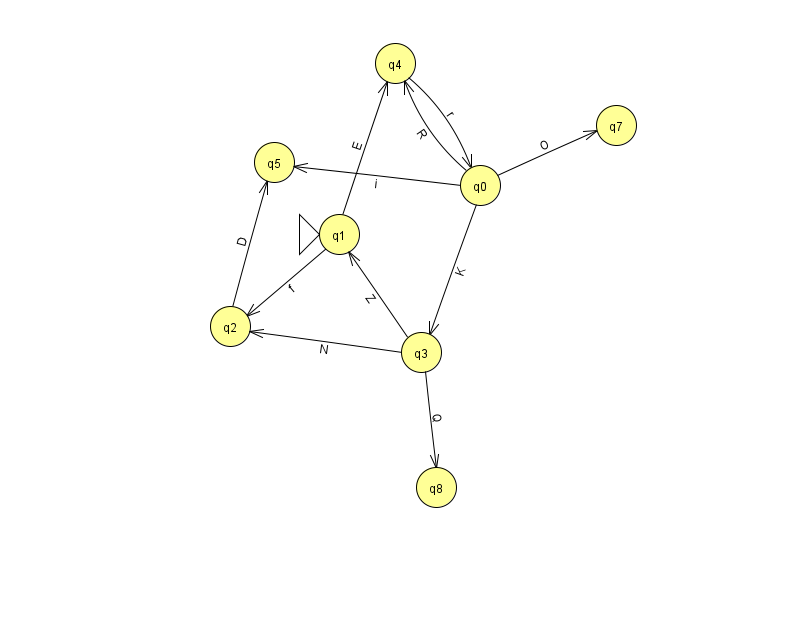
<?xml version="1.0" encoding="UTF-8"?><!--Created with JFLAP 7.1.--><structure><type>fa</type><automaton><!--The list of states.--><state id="0" name="q0"><x>480.0</x><y>172.0</y></state><state id="1" name="q1"><x>339.0</x><y>221.0</y><initial/></state><state id="2" name="q2"><x>230.0</x><y>313.0</y></state><state id="3" name="q3"><x>421.0</x><y>339.0</y></state><state id="4" name="q4"><x>395.0</x><y>50.0</y></state><state id="5" name="q5"><x>274.0</x><y>149.0</y></state><state id="7" name="q7"><x>616.0</x><y>112.0</y></state><state id="8" name="q8"><x>436.0</x><y>474.0</y></state><!--The list of transitions.--><transition><from>0</from><to>7</to><read>O</read></transition><transition><from>0</from><to>5</to><read>i</read></transition><transition><from>3</from><to>8</to><read>Q</read></transition><transition><from>1</from><to>2</to><read>f</read></transition><transition><from>1</from><to>4</to><read>E</read></transition><transition><from>3</from><to>2</to><read>N</read></transition><transition><from>0</from><to>3</to><read>K</read></transition><transition><from>2</from><to>5</to><read>D</read></transition><transition><from>0</from><to>4</to><read>R</read></transition><transition><from>4</from><to>0</to><read>r</read></transition><transition><from>3</from><to>1</to><read>Z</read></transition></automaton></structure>